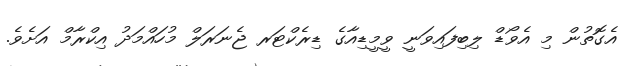
އެގޮތުން މި އެވޯޑް ލިބިފައިވަނީ ވީމީޑިއާގެ ޑިރެކްޓަރ ޖެނަރަލް މުހައްމަދު އިކްރާމް އަށެވެ.